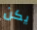
يكن